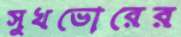
সুখভোরের